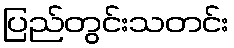
ပြည်တွင်းသတင်း